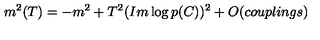
m ^ { 2 } ( T ) = - m ^ { 2 } + T ^ { 2 } ( I m \log p ( C ) ) ^ { 2 } + O ( c o u p l i n g s )